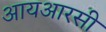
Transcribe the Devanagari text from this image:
आयआरसी